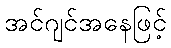
အင်ဂျင်အနေဖြင့်